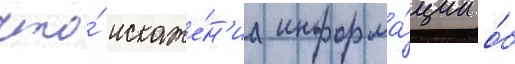
что́ искаже́н'иа информа́ции о́б